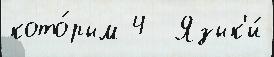
кото́рым 4  Язык'и́